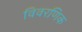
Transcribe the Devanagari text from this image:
विवरणिक